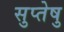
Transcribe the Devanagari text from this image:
सुप्तेषु